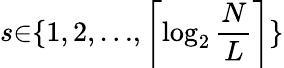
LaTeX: s{\in}\{ 1,2,{\ldots},\left\lceil\log_{2}\frac{N}{L}\right\rceil\}